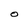
Character: o